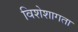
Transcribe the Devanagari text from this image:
विशेशागता